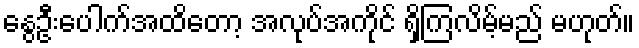
နွေဦးပေါက်အထိတော့ အလုပ်အကိုင် ရှိကြလိမ့်မည် မဟုတ်။